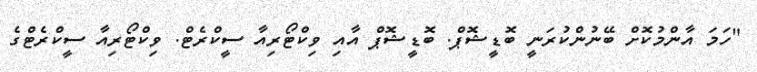
"ހަމަ އާންމުކޮށް ބޭނުންކުރަނީ ބޮޑީޝޮޕް. ބޮޑީޝޮޕް އާއި ވިކްޓޯރިއާ ސީކްރެޓް. ވިކްޓޯރިއާ ސީކްރެޓްގެ